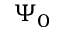
\Psi _ { 0 }